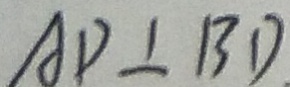
A D \bot B D